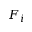
F _ { i }